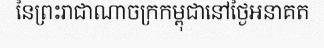
នៃព្រះរាជាណាចក្រកម្ពុជានៅថ្ងៃអនាគត